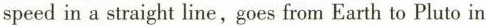
speed in a straight line, goes from Earth to Pluto in